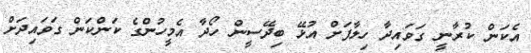
އެކަން ކުރާނީ ގަވައިދާ ހިލާފަށް އުޅޭ ބިދޭސީން ހޯދާ އެމީހުންގެ ކަންކަން ގަވަައިދަށް